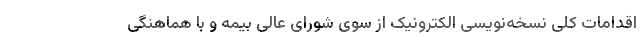
اقدامات کلی نسخه‌نویسی الکترونیک از سوی شورای عالی بیمه و با هماهنگی